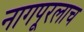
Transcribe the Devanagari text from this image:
नागपूरलाच